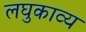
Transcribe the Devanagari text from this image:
लघुकाव्य